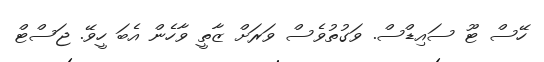
ހޭސް ޓޫ ސައިޑްސް. ވަގުތުވެސް ވަރަށް ޒާތީ ވާހެން އެބަ ހީވޭ. ޖަސްޓް